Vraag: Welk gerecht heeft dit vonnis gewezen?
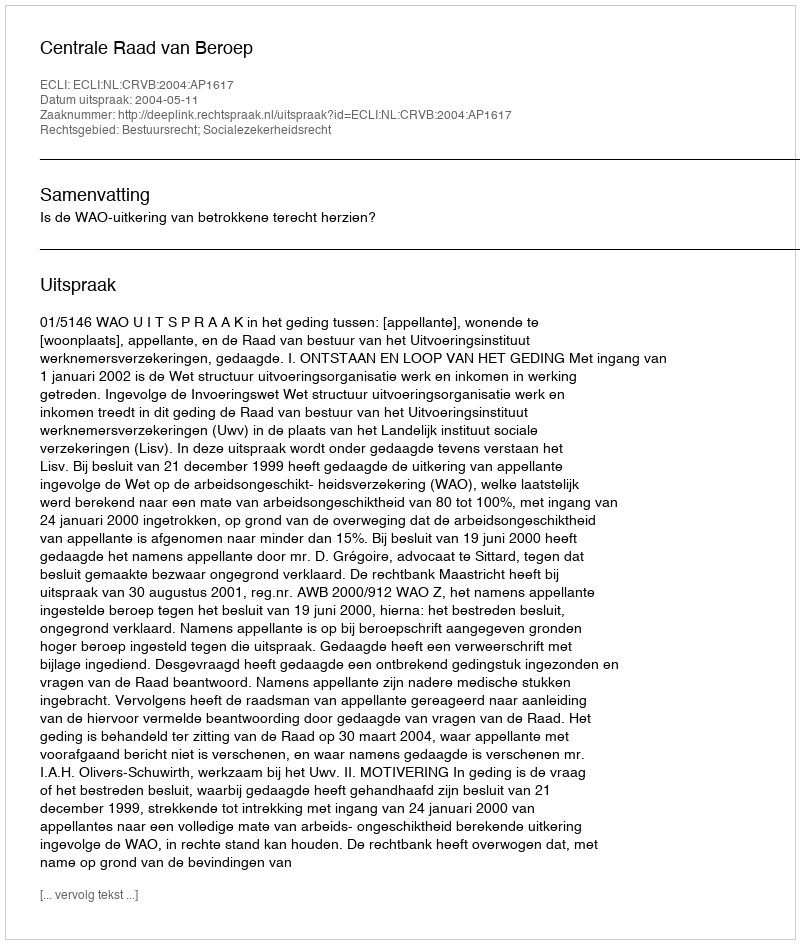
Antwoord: Centrale Raad van Beroep